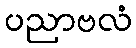
ပညာဗလံ